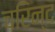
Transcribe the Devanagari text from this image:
चरिन्द